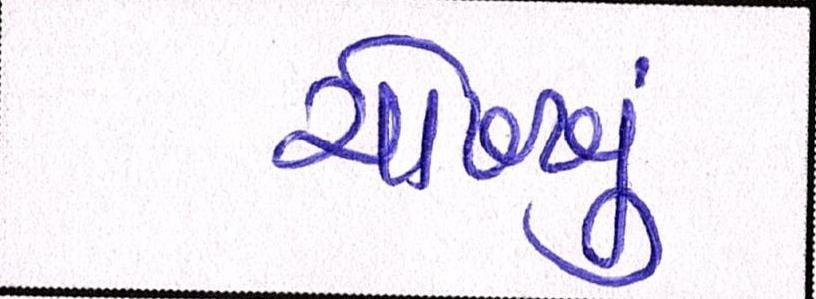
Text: ચોખ્ખુ